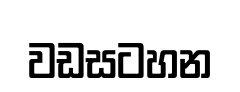
වඩසටහන